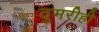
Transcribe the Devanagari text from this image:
ठुमरीही